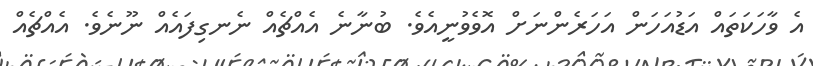
އެ ވާހަކަތައް އަޑުއަހަން އަހަރެންނަށް އޮވެވުނީއެވެ. ބުނާނެ އެއްޗެއް ނެނގިފައެއް ނޫނެވެ. އެއްޗެއް